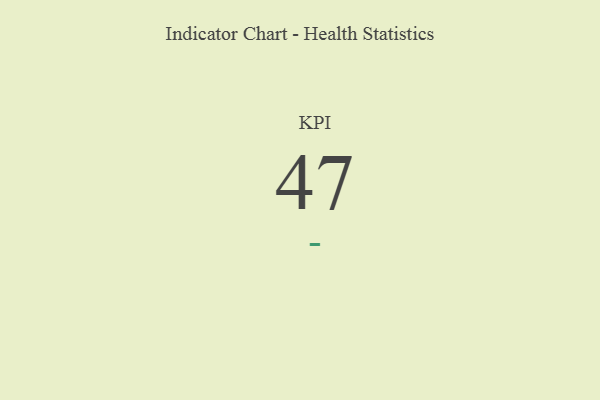
{"axis": {"x": "KPI", "y": "Value"}, "legend": [""], "data": [{"x": "KPI", "y": 47, "type": ""}]}